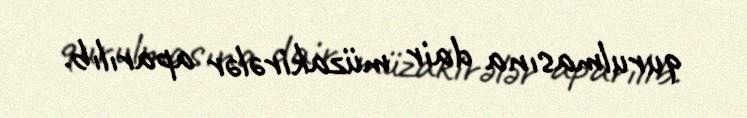
qurulmasına dair müzakirələr aparılıb.